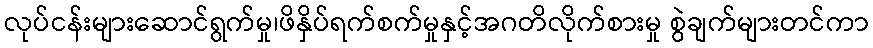
လုပ်ငန်းများဆောင်ရွက်မှု၊ဖိနှိပ်ရက်စက်မှုနှင့်အဂတိလိုက်စားမှု စွဲချက်များတင်ကာ